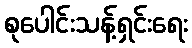
စုပေါင်းသန့်ရှင်းရေး